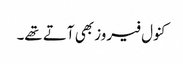
کنول فیروز بھی آتے تھے۔